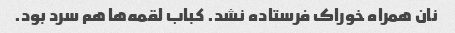
نان همراه خوراک فرستاده نشد. کباب لقمه‌ها هم سرد بود.